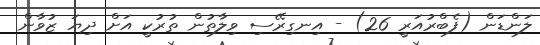
ލަންޑަން (ފެބްރުއަރީ 26) - އިނގިރޭސި ވިލާތުން ތުރުކީ އަށް ދިޔަ ޒުވާން